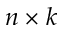
n \times k